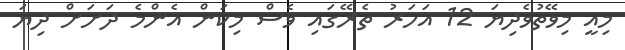
މިއީ މިވޭތުވެދިޔަ 12 އަހަރު ތެރޭގައި ވެސް މިކަން އެންމެ ދަށަށް ދިޔަ